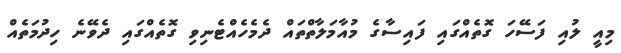
މިއީ ލުއި ފަސޭހަ ގޮތެއްގައި ފައިސާގެ މުއާމަލާތްތައް ދެމެހެއްޓެނިވި ގޮތެއްގައި ދެވޭނެ ހިދުމަތެއް